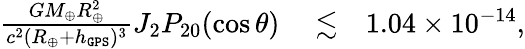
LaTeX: \begin{array}{rlr}{\frac{GM_{\oplus}R_{\oplus}^{2}}{c^{2}(R_{\oplus}+h_{\tt GPS})^{3}}J_{2}P_{20}(\cos\theta)}&{{}\lesssim}&{1.04\times 10^{-14},}\end{array}